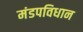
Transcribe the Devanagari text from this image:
मंडपविधान